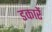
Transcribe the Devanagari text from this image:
डकारें